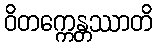
ဝိတက္ကေန္တဿာတိ